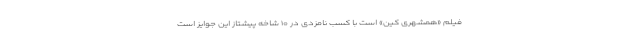
فیلم «همشهری کین» است با کسب نامزدی در ۱۰ شاخه پیشتاز این جوایز است